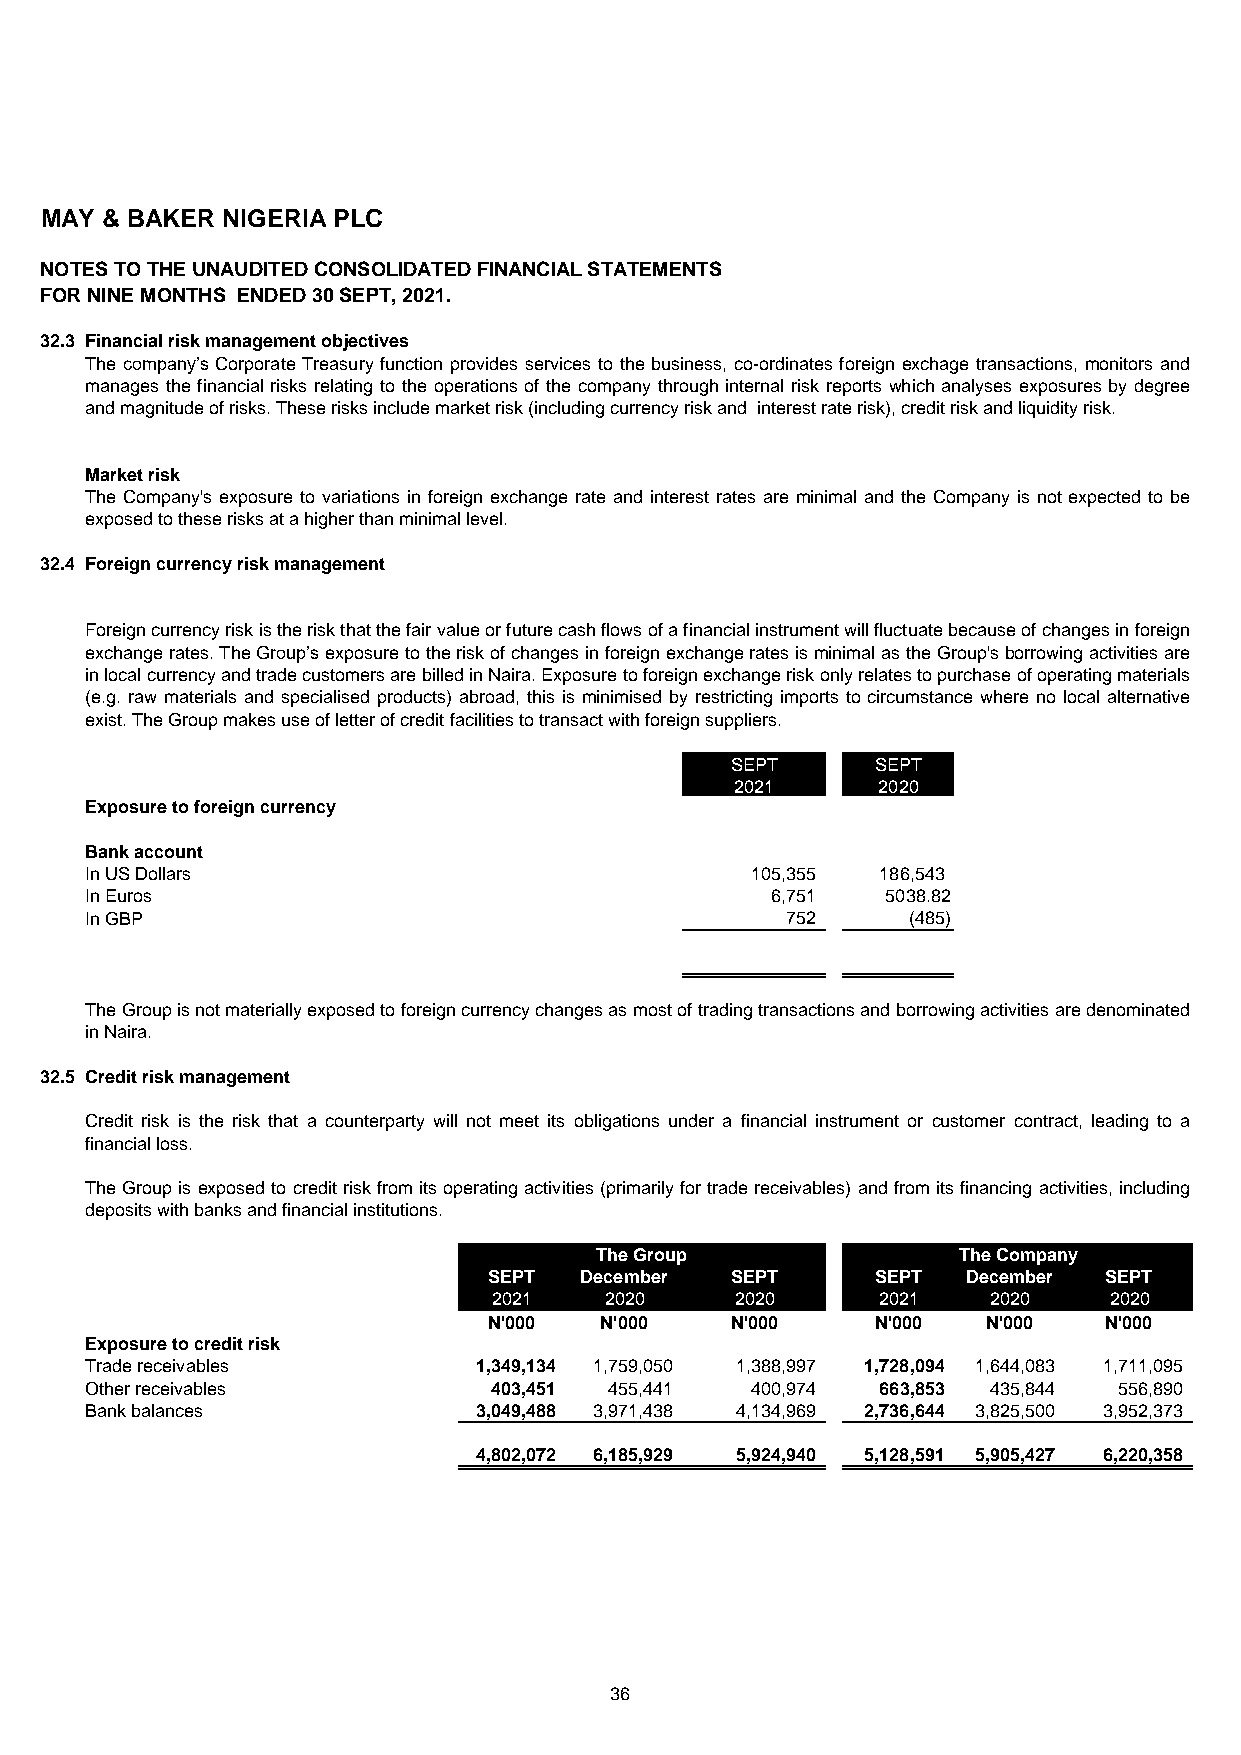
MAY & BAKER NIGERIA PLC
 NOTES TO THE UNAUDITED CONSOLIDATED FINANCIAL STATEMENTS
 FOR NINE MONTHS ENDED 30 SEPT, 2021.
 32.3 Financial risk management objectives
 The company’s Corporate Treasury function provides services to the business, co-ordinates foreign exchage transactions, monitors and
 manages the financial risks relating to the operations of the company through internal risk reports which analyses exposures by degree
 and magnitude of risks. These risks include market risk (including currency risk and interest rate risk), credit risk and liquidity risk.
 Market risk
 The Company's exposure to variations in foreign exchange rate and interest rates are minimal and the Company is not expected to be
 exposed to these risks at a higher than minimal level.
 32.4 Foreign currency risk management
 Foreigncurrencyriskistheriskthatthefairvalueorfuturecashflowsofafinancialinstrumentwillfluctuatebecauseofchangesinforeign
 exchangerates.TheGroup’sexposuretotheriskofchangesinforeignexchangeratesisminimalastheGroup'sborrowingactivitiesare
 inlocalcurrencyandtradecustomersarebilledinNaira.Exposuretoforeignexchangeriskonlyrelatestopurchaseofoperatingmaterials
 (e.g. raw materials and specialised products) abroad, this is minimised by restricting imports to circumstance where no local alternative
 exist. The Group makes use of letter of credit facilities to transact with foreign suppliers.
 SEPT      SEPT
 2021     2020
 Exposure to foreign currency
 Bank account
 In US Dollars                               105,355 186,543
 In Euros                                     6,751   5038.82
 In GBP                                        752     (485)
 TheGroupisnotmateriallyexposedtoforeigncurrencychangesasmostoftradingtransactionsandborrowingactivitiesaredenominated
 in Naira.
 32.5 Credit risk management
 Credit risk is the risk that a counterparty will not meet its obligations under a financial instrument or customer contract, leading to a
 financial loss.
 TheGroupis exposedtocreditriskfromitsoperatingactivities (primarilyfor tradereceivables) andfromitsfinancingactivities,including
 deposits with banks and financial institutions.
 The Group               The Company
 SEPT  December  SEPT      SEPT  December SEPT
 2021   2020     2020     2021    2020   2020
 N'000   N'000   N'000     N'000  N'000   N'000
 Exposure to credit risk
 Trade receivables        1,349,134 1,759,050 1,388,997 1,728,094 1,644,083 1 ,711,095
 Other receivables         403,451 455,441   400,974 663,853 435,844 5 56,890
 Bank balances            3,049,488 3,971,438 4,134,969 2,736,644 3,825,500 3 ,952,373
 4,802,072 6,185,929 5,924,940 5,128,591 5,905,427 6 ,220,358
 36